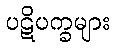
ပဋိပက္ခများ